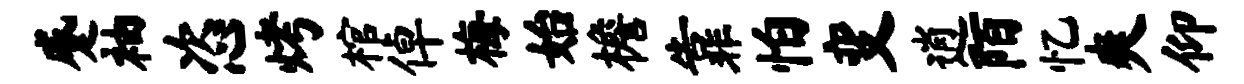
蹙袖恣烤棺倬梅始檐靠怕变逍陌忆爽仰